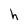
Character: h